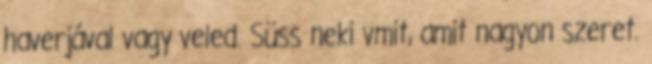
haverjával vagy veled. Süss neki vmit, amit nagyon szeret.